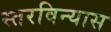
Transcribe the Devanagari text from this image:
स्तरविन्यास